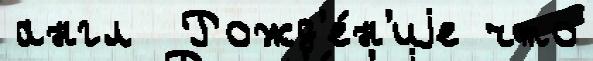
англ  Рожд'е́н'иjе что